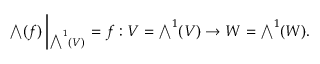
{ \textstyle \bigwedge } ( f ) \left| _ { { \textstyle \bigwedge } ^ { 1 } ( V ) } \right. = f : V = { \textstyle \bigwedge } ^ { 1 } ( V ) \rightarrow W = { \textstyle \bigwedge } ^ { 1 } ( W ) .